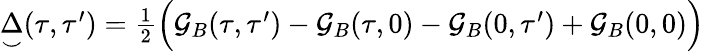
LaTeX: \begin{array}{r}{{\underset{\smile}{\Delta}}(\tau,\tau^{\prime})={\frac{1}{2}}\Bigl({\cal{G}}_{B}(\tau,\tau^{\prime})-{\cal{G}}_{B}(\tau,0)-{\cal{G}}_{B}(0,\tau^{\prime})+{\cal{G}}_{B}(0,0)\Bigr)}\end{array}